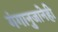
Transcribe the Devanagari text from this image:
गंगानुजानेही